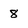
Character: 8